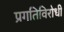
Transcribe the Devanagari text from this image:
प्रगतिविरोधी